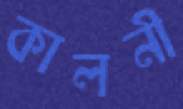
কালনী